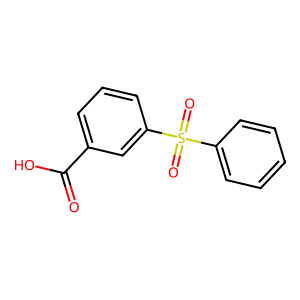
SMILES: O=C(O)c1cccc(S(=O)(=O)c2ccccc2)c1
Inhibits HIV replication: No